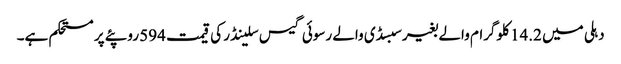
دہلی میں 14.2 کلوگرام والے بغیر سبسڈی والے رسوئی گیس سلینڈر کی قیمت 594 روپئے پر مستحکم ہے۔